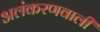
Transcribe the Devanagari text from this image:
अलंकरणवाली